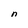
Character: n